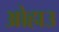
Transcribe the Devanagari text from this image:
ओहाउ